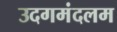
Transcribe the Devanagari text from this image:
उदगमंदलम